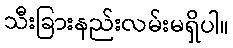
သီးခြားနည်းလမ်းမရှိပါ။